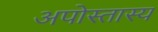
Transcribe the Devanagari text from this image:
अपोस्तास्य